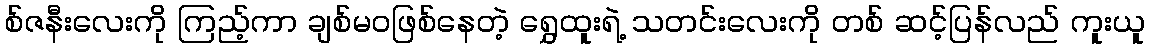
စ်ဇနီးလေးကို ကြည့်ကာ ချစ်မဝဖြစ်နေတဲ့ ရွှေထူးရဲ့ သတင်းလေးကို တစ် ဆင့်ပြန်လည် ကူးယူ